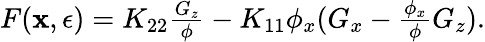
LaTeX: \begin{array}{r}{F(\mathbf{x},\epsilon)=K_{22}\frac{G_{z}}{\phi}-K_{11}\phi_{x}(G_{x}-\frac{\phi_{x}}{\phi}G_{z}).}\end{array}